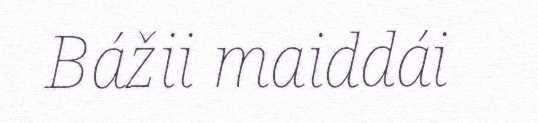
Bážii maiddái